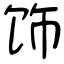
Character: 饰